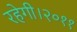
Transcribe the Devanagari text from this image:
रहेगी।२०११